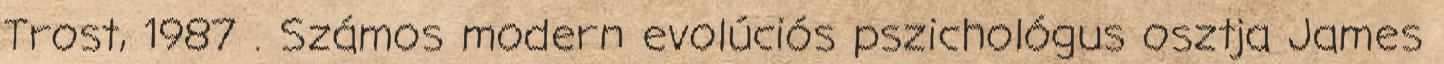
Trost, 1987 . Számos modern evolúciós pszichológus osztja James